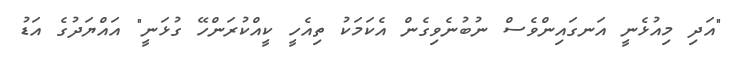
"އަދި މިއުޅެނީ އަނގައިންވެސް ނުބުނެވިގެން އެކަމަކު ތިއެހީ ކީއްކުރަންހޭ ގުޅަނީ" އައްޔަދުގެ އަޑު